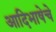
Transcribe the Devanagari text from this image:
आदिभाषेचे